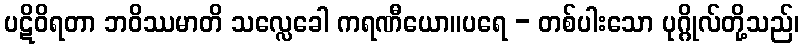
ပဋိဝိရတာ ဘဝိဿမာတိ သလ္လေခေါ ကရဏီယော။ပရေ - တစ်ပါးသော ပုဂ္ဂိုလ်တို့သည်၊